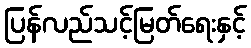
ပြန်လည်သင့်မြတ်ရေးနှင့်